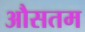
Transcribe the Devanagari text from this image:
औसतम